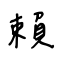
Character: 賴